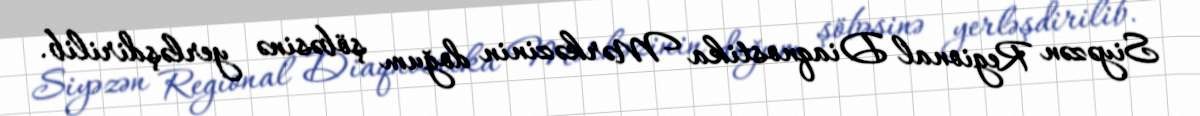
Siyəzən Regional Diaqnostika Mərkəzinin doğum şöbəsinə yerləşdirilib.